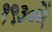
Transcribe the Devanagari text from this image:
१९३०में